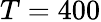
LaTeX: T=400